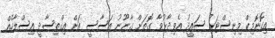
އިކޮނޮމިކް މިނިސްޓަރު ސައީދު އެވިދާޅުވާ ގޮތަށް ގާނޫނު އަސާސީ އަށް އިގްތިސާދީ އިސްލާހެއް